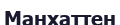
Манхаттен